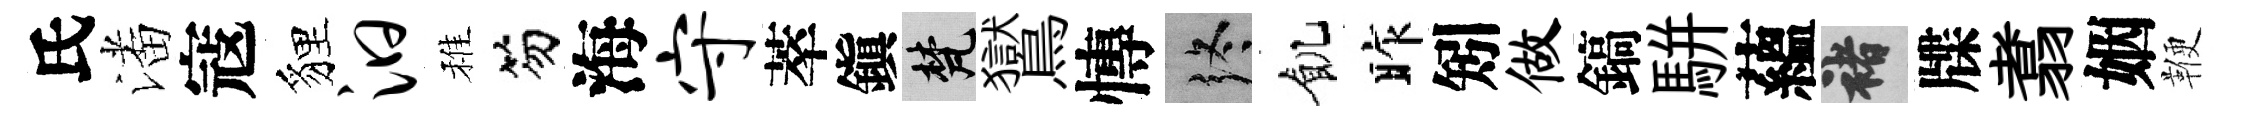
氏潘寇貍汩稚笏海守萃鎭梵鸑慱终飢昨矧做鎬駢蘊褚牒翥姻鞭